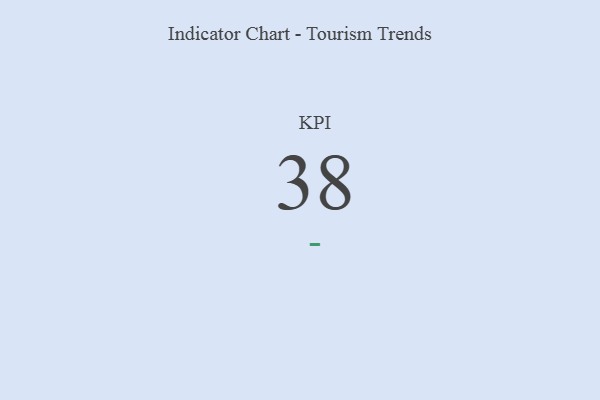
{"axis": {"x": "KPI", "y": "Value"}, "legend": [""], "data": [{"x": "KPI", "y": 38, "type": ""}]}